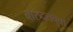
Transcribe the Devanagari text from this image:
चारुदत्तबुवा